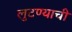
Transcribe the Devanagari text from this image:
लुटण्याची